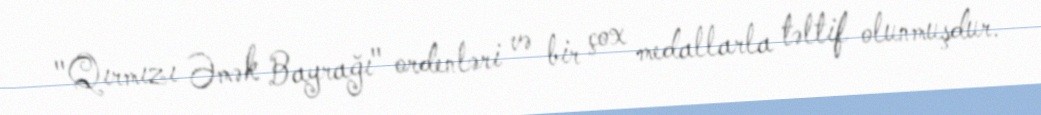
"Qırmızı Əmək Bayrağı" ordenləri və bir çox medallarla təltif olunmuşdur.